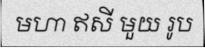
មហា ឥសី មួយ រូប